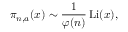
\pi _ { n , a } ( x ) \sim { \frac { 1 } { \varphi ( n ) } } \operatorname { L i } ( x ) ,